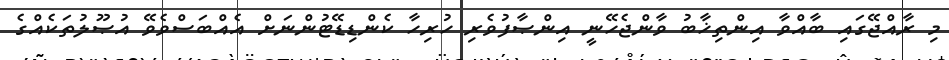
މި ރާއްޖޭގައި ބާއްވާ އިންތިޚާބު ވާންޖެހޭނީ އިންޞާފުވެރި ހުރިހާ ކެންޑިޑޭޓުންނަށް އެއްބަސްވެވޭ އުޞޫލުތަކެއްގެ